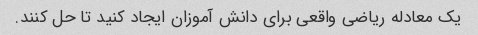
یک معادله ریاضی واقعی برای دانش آموزان ایجاد کنید تا حل کنند.